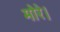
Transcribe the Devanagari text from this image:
मोरे।